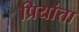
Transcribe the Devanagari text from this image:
प्रियांता